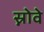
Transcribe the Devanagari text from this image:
स्नोवे